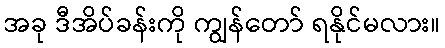
အခု ဒီအိပ်ခန်းကို ကျွန်တော် ရနိုင်မလား။